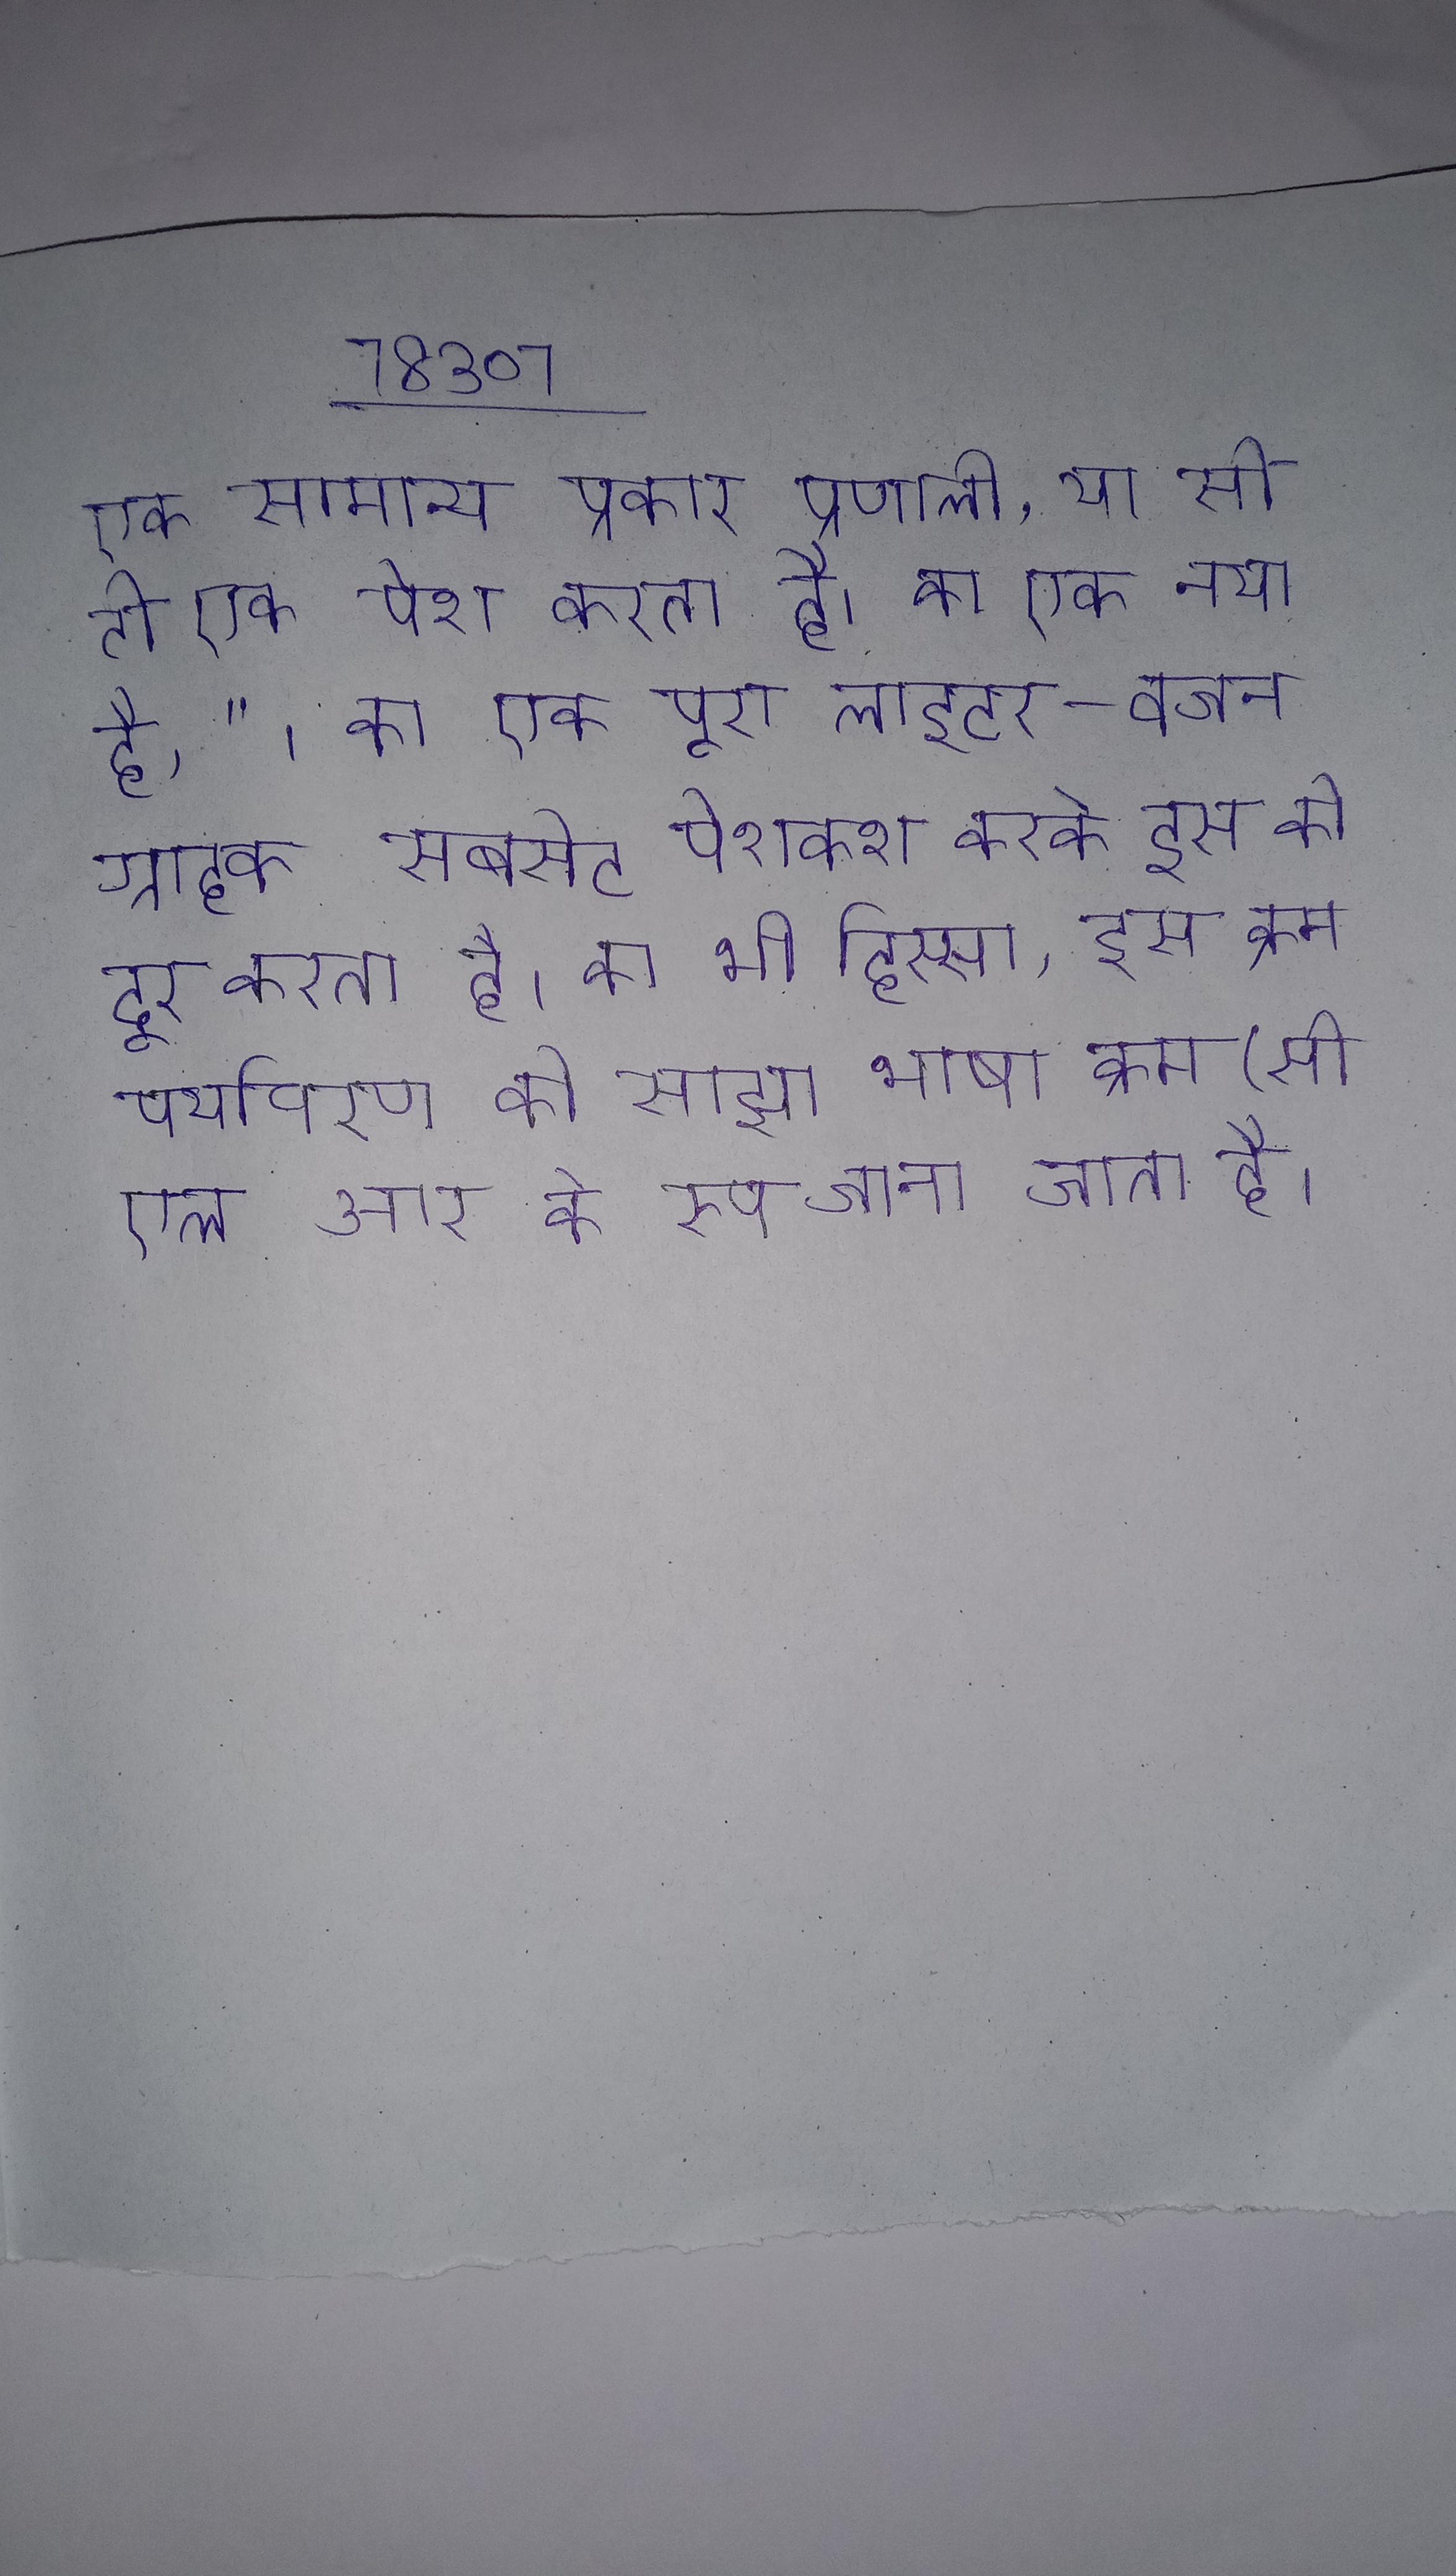
एक सामान्य प्रकार प्रणाली, या सी टी एस पेश करता है । का एक नया है, " । का एक पूरा लाइटर-वजन ग्राहक सबसेट पेशकश करके इस को दूर करता है । का भी हिस्सा, इस क्रम पर्यावरण को साझा भाषा क्रम (सी एल आर के रूप जाना जाता है ।